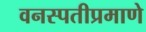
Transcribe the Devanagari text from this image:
वनस्पतीप्रमाणे